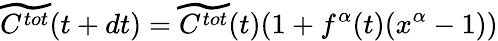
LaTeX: \widetilde{C^{tot}}(t+dt)=\widetilde{C^{tot}}(t)(1+f^{\alpha}(t)(x^{\alpha}-1))